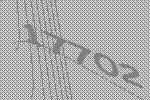
17702